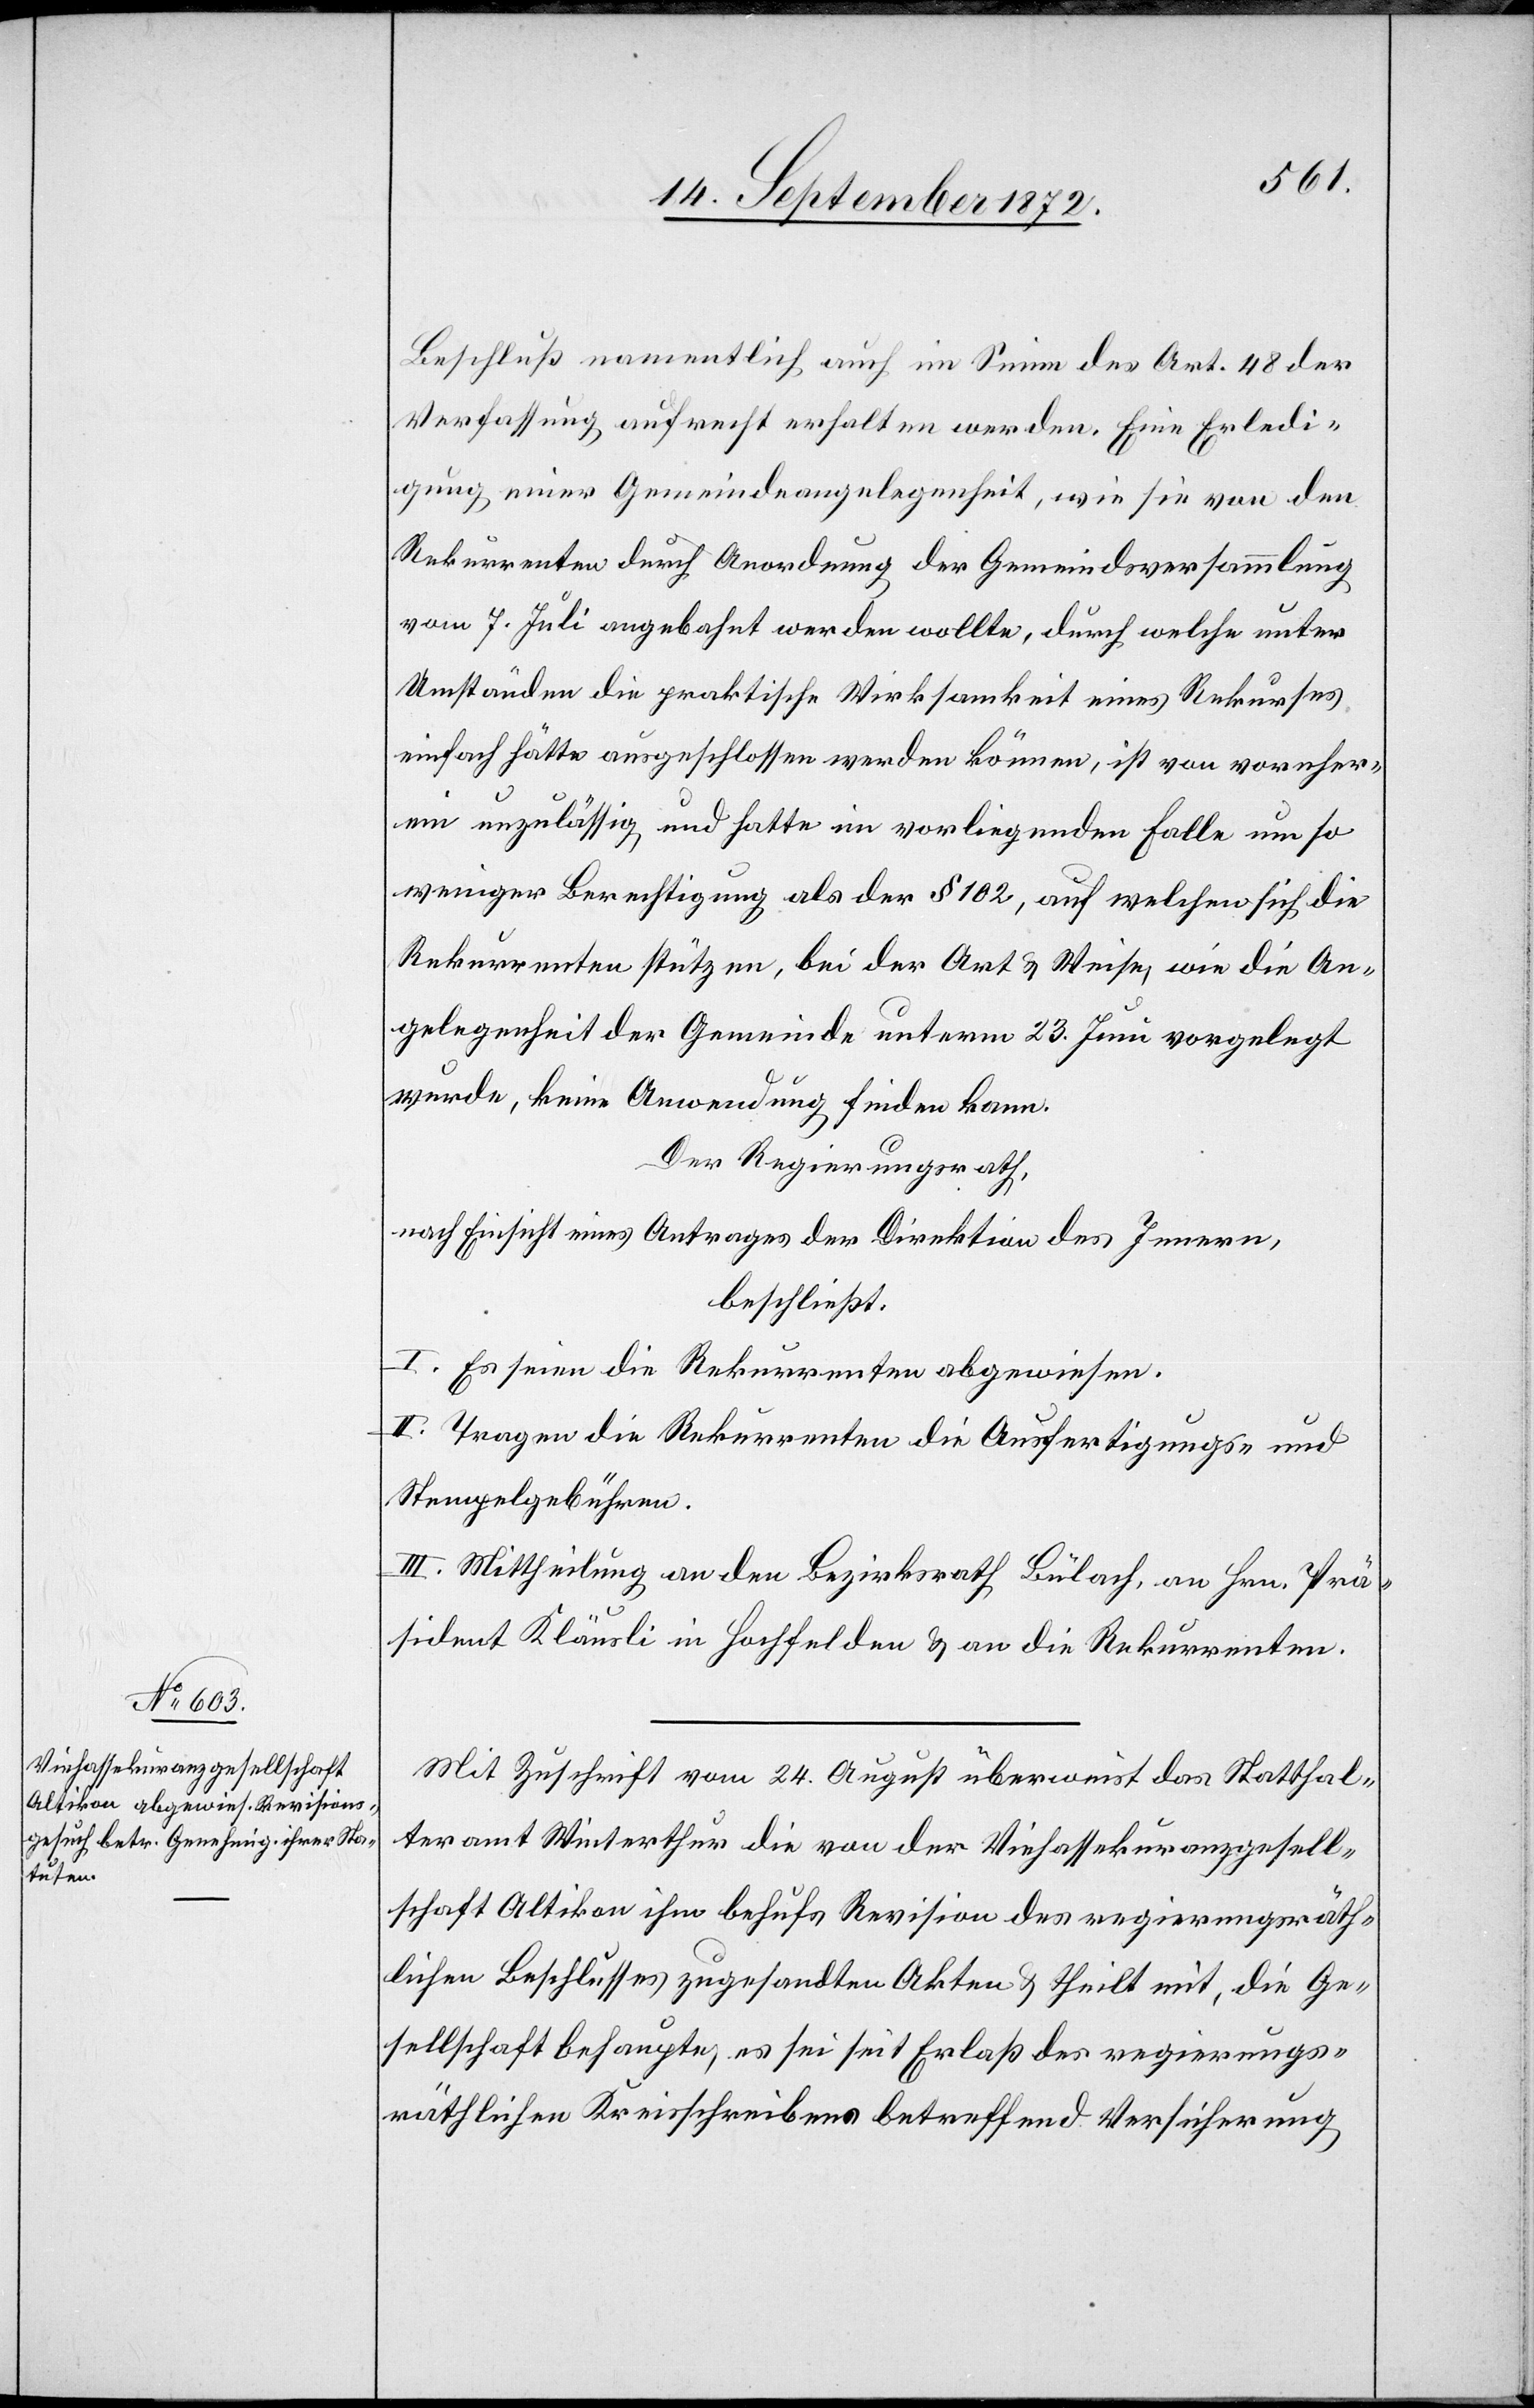
Beschluß namentlich auch im Sinne des Art. 48 der
Verfassung aufrecht erhalten werden. Eine Erledi¬
gung einer Gemeindeangelegenheit, wie sie von den
Rekurrenten durch Anordnung der Gemeindsversammlung
vom 7. Juli angebahnt werden wollte, durch welche unter
Umständen die praktische Wirksamkeit eines Rekurses
einfach hätte ausgeschlossen werden können, ist von vornher¬
ein unzulässig und hatte im vorliegenden Falle um so
weniger Berechtigung als der § 102, auf welchen sich die
Rekurrenten stützen, bei der Art u. Weise, wie die An¬
gelegenheit der Gemeinde unterm 23. Juni vorgelegt
wurde, keine Anwendung finden kann.
Der Regierungsrath,
nach Einsicht eines Antrages der Direktion des Innern,
beschließt:
l. Es seien die Rekurrenten abgewiesen.
II. Tragen die Rekurrenten die Ausfertigungs- und
Stempelgebühren.
III. Mittheilung an den Bezirksrath Bülach, an Hrn. Prä¬
sident Kläusli in Hochfelden u. an die Rekurrenten.
Mit Zuschrift vom 24. August überweist das Statthal¬
teramt Winterthur die von der Viehassekuranzgesell¬
schaft Altikon ihm behufs Revision des regierungsräth¬
lichen Beschlusses zugesandten Akten u. theilt mit, die Ge¬
sellschaft behaupte, es sei seit Erlaß des regierungs¬
räthlichen Kreisschreibens betreffend Versicherung